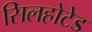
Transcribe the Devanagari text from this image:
सिलहोटेड